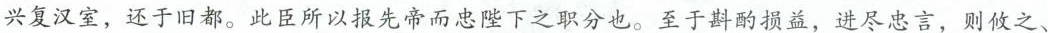
兴复汉室，还于旧都。此臣所以报先帝而忠陛下之职分也。至于斟酌损益，进尽忠言，则攸之、